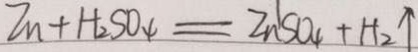
Z n + H _ { 2 } S O _ { 4 } = Z n ^ { 1 } S O _ { 4 } + H _ { 2 } \uparrow